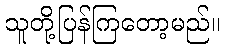
သူတို့ပြန်ကြတော့မည်။